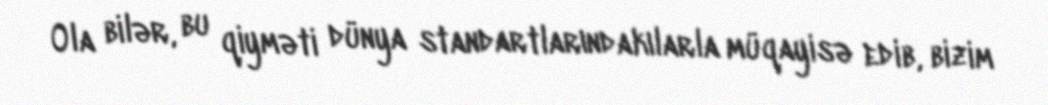
Ola bilər, bu qiyməti dünya standartlarındakılarla müqayisə edib, bizim